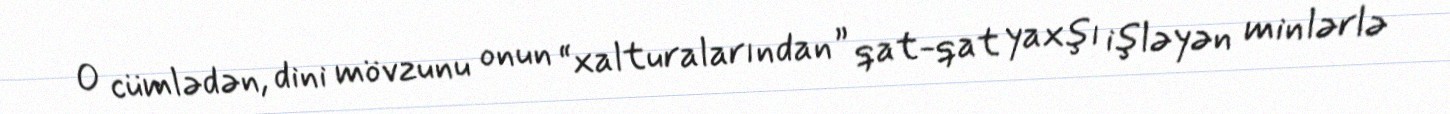
O cümlədən, dini mövzunu onun “xalturalarından” qat-qat yaxşı işləyən minlərlə